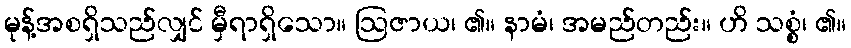
မုန့်အစရှိသည်လျှင် မှီရာရှိသော။ ဩဇာယ၊ ၏။ နာမံ၊ အမည်တည်း။ ဟိ သစ္စံ၊ ၏။